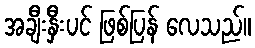
အချီးနှီးပင် ဖြစ်ပြန် လေသည်။